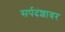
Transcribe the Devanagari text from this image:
सर्पदंशावर